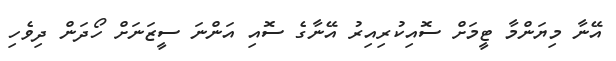
އޭނާ މިޔަންމާ ޓީމަށް ސޮއިކުރިއިރު އޭނާގެ ސޮއި އަންނަ ސީޒަނަށް ހޯދަން ދިވެހި